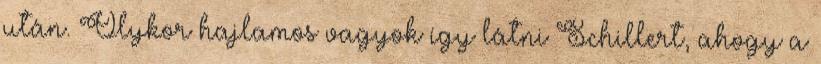
után. Olykor hajlamos vagyok így látni Schillert, ahogy a